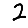
Digit: 2